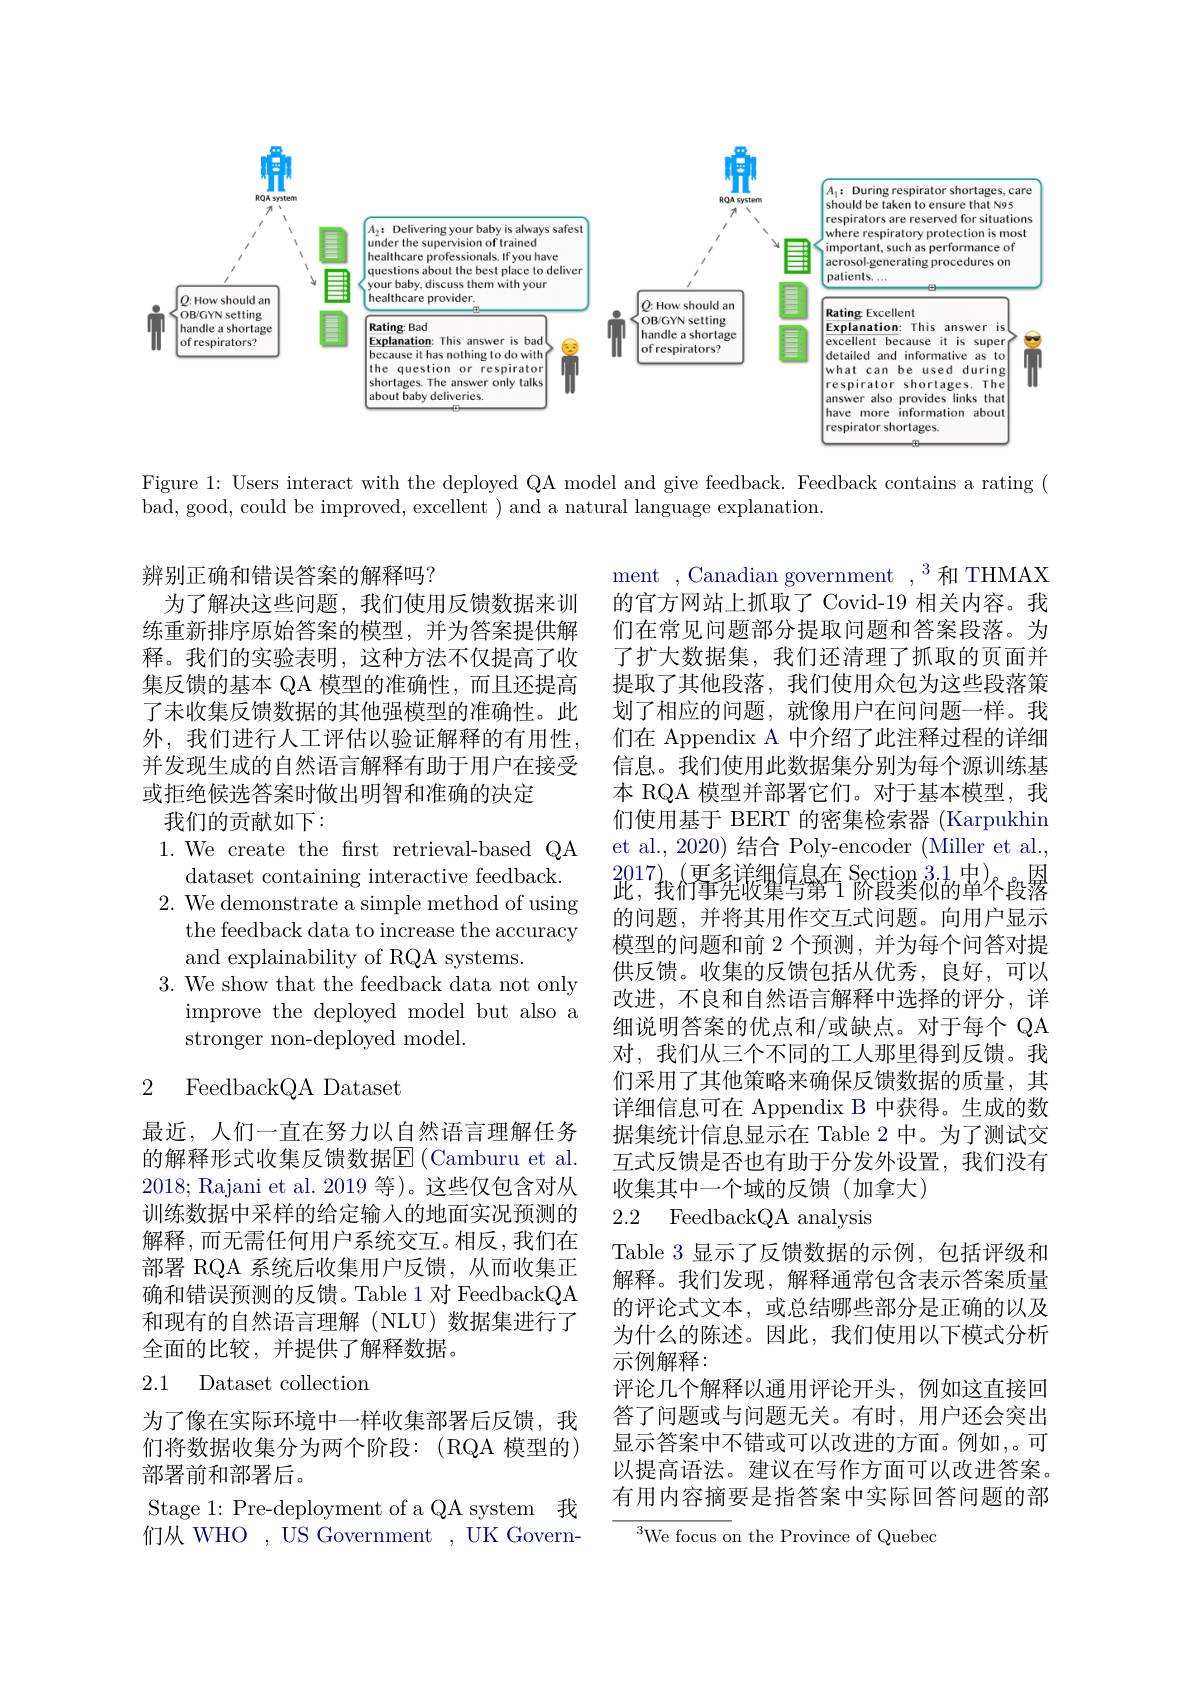
<FigureHere>

Figure 1: Users interact with the deployed QA model and give feedback. Feedback contains a rating (
bad, good, could be improved, excellent ) and a natural language explanation.

辨别正确和错误答案的解释吗？
为了解决这些问题，我们使用反馈数据来训练重新排序原始答案的模型，并为答案提供解释。我们的实验表明，这种方法不仅提高了收集反馈的基本 QA 模型的准确性，而且还提高了未收集反馈数据的其他强模型的准确性。此外，我们进行人工评估以验证解释的有用性并发现生成的自然语言解释有助于用户在接受或拒绝候选答案时做出明智和准确的决定
我们的贡献如下：
1. We create the frst retrieval-based QA
dataset containing interactive feedback. $2.{\text{ We demonstrate a simple method of using}}$
the feedback data to increase the accuracy
and explainability of RQA systems.
3. We show that the feedback data not only
improve the deployed model but also a
stronger non-deployed model.

ment , Canadian government , $^3$和 THMAX 的官方网站上抓取了 Covid-19 相关内容。我们在常见问题部分提取问题和答案段落。为了扩大数据集，我们还清理了抓取的页面并提取了其他段落，我们使用众包为这些段落策划了相应的问题，就像用户在问问题一样。我们在 Appendix A 中介绍了此注释过程的详细信息。我们使用此数据集分别为每个源训练基本 RQA 模型并部署它们。对于基本模型，我们使用基于 BERT 的密集检索器 (Karpukhin et al., 2020) 结合 Poly-encoder (Miller et al. $2017)_{\text{企业会}}($更多详细信息在 $Section 3. 1$中$)_{\mathrm{R}}$
此，我们事先收集与第 1 阶段类似的单个段落的问题，并将其用作交互式问题。向用户显示模型的问题和前 2 个预测，并为每个问答对提供反馈。收集的反馈包括从优秀，良好，可以改进，不良和自然语言解释中选择的评分，详细说明答案的优点和/或缺点。对于每个 QA 对，我们从三个不同的工人那里得到反馈。我们采用了其他策略来确保反馈数据的质量，其详细信息可在 Appendix B 中获得。生成的数据集统计信息显示在 Table 2 中。为了测试交互式反馈是否也有助于分发外设置，我们没有收集其中一个域的反馈(加拿大)
2.2 FeedbackQA analysis

## 2 FeedbackQA Dataset

最近，人们一直在努力以自然语言理解任务的解释形式收集反馈数据$\overline{\mathrm{E}}$(Camburu et al. 2018; Rajani et al. 2019 等)。这些仅包含对从训练数据中采样的给定输入的地面实况预测的解释，而无需任何用户系统交互。相反，我们在部署 RQA 系统后收集用户反馈，从而收集正确和错误预测的反馈。Table 1对 FeedbackQA 和现有的自然语言理解(NLU)数据集进行了全面的比较，并提供了解释数据。

Table 3 显示了反馈数据的示例，包括评级和解释。我们发现，解释通常包含表示答案质量的评论式文本，或总结哪些部分是正确的以及为什么的陈述。因此，我们使用以下模式分析示例解释：
评论几个解释以通用评论开头，例如这直接回答了问题或与问题无关。有时，用户还会突出显示答案中不错或可以改进的方面。例如，。可以提高语法。建议在写作方面可以改进答案。有用内容摘要是指答案中实际回答问题的部

## 2.1 Dataset collection

为了像在实际环境中一样收集部署后反馈，我们将数据收集分为两个阶段：(RQA 模型的) 部署前和部署后。
Stage 1: Pre-deployment of a QA system 我们从 WHO , US Government , UK Govern-

$^{3}$We focus on the Province of Quebec